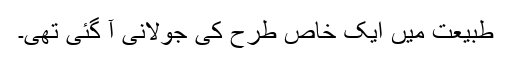
طبیعت میں ایک خاص طرح کی جولانی آ گئی تھی۔